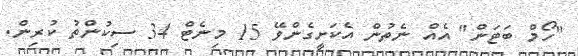
"ހޯމް ބަޓަން" އެއް ނެތުން އެކަށީގެންވޭ 15 މިނެޓް 34 ސިކުންތު ކުރިން.